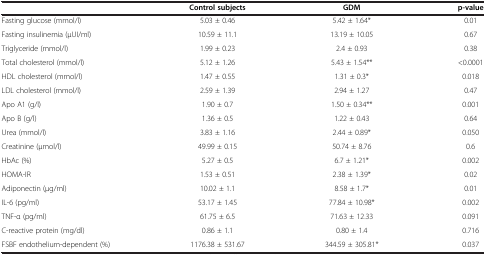
<table><thead><tr><td><b> </b></td><td><b>Control subjects</b></td><td><b>GDM</b></td><td><b>p-value</b></td></tr></thead><tbody><tr><td>Fasting glucose (mmol/l)</td><td>5.03 ± 0.46</td><td>5.42 ± 1.64*</td><td>0.01</td></tr><tr><td>Fasting insulinemia (μUI/ml)</td><td>10.59 ± 11.1</td><td>13.19 ± 10.05</td><td>0.67</td></tr><tr><td>Triglyceride (mmol/l)</td><td>1.99 ± 0.23</td><td>2.4 ± 0.93</td><td>0.38</td></tr><tr><td>Total cholesterol (mmol/l)</td><td>5.12 ± 1.26</td><td>5.43 ± 1.54**</td><td>&lt;0.0001</td></tr><tr><td>HDL cholesterol (mmol/l)</td><td>1.47 ± 0.55</td><td>1.31 ± 0.3*</td><td>0.018</td></tr><tr><td>LDL cholesterol (mmol/l)</td><td>2.59 ± 1.39</td><td>2.94 ± 1.27</td><td>0.47</td></tr><tr><td>Apo A1 (g/l)</td><td>1.90 ± 0.7</td><td>1.50 ± 0.34**</td><td>0.001</td></tr><tr><td>Apo B (g/l)</td><td>1.36 ± 0.5</td><td>1.22 ± 0.43</td><td>0.64</td></tr><tr><td>Urea (mmol/l)</td><td>3.83 ± 1.16</td><td>2.44 ± 0.89*</td><td>0.050</td></tr><tr><td>Creatinine (μmol/l)</td><td>49.99 ± 0.15</td><td>50.74 ± 8.76</td><td>0.6</td></tr><tr><td>HbAc (%)</td><td>5.27 ± 0.5</td><td>6.7 ± 1.21*</td><td>0.002</td></tr><tr><td>HOMA-IR</td><td>1.53 ± 0.51</td><td>2.38 ± 1.39*</td><td>0.02</td></tr><tr><td>Adiponectin (μg/ml)</td><td>10.02 ± 1.1</td><td>8.58 ± 1.7*</td><td>0.01</td></tr><tr><td>IL-6 (pg/ml)</td><td>53.17 ± 1.45</td><td>77.84 ± 10.98*</td><td>0.002</td></tr><tr><td>TNF-α (pg/ml)</td><td>61.75 ± 6.5</td><td>71.63 ± 12.33</td><td>0.091</td></tr><tr><td>C-reactive protein (mg/dl)</td><td>0.86 ± 1.1</td><td>0.80 ± 1.4</td><td>0.716</td></tr><tr><td>FSBF endothelium-dependent (%)</td><td>1176.38 ± 531.67</td><td>344.59 ± 305.81*</td><td>0.037</td></tr></tbody></table>